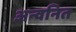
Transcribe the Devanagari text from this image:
अन्वनित